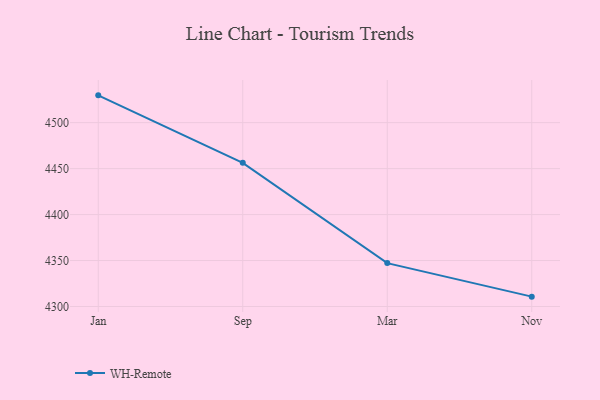
{"axis": {"x": "Month", "y": "Bounce Rate (%)"}, "legend": ["WH-Remote"], "data": [{"x": "Jan", "y": 4529.7, "type": "WH-Remote"}, {"x": "Sep", "y": 4456.3, "type": "WH-Remote"}, {"x": "Mar", "y": 4347.2, "type": "WH-Remote"}, {"x": "Nov", "y": 4310.7, "type": "WH-Remote"}]}